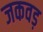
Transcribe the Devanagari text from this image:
जकवड़